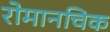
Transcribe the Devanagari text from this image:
रोमानचिक